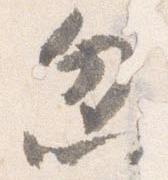
忽